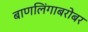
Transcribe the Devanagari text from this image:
बाणलिंगाबरोबर